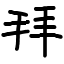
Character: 拜